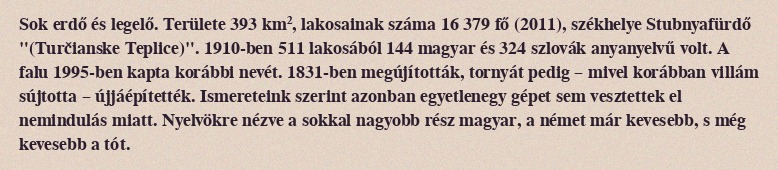
Sok erdő és legelő. Területe 393 km², lakosainak száma 16 379 fő (2011), székhelye Stubnyafürdő "(Turčianske Teplice)". 1910-ben 511 lakosából 144 magyar és 324 szlovák anyanyelvű volt. A falu 1995-ben kapta korábbi nevét. 1831-ben megújították, tornyát pedig – mivel korábban villám sújtotta – újjáépítették. Ismereteink szerint azonban egyetlenegy gépet sem vesztettek el nemindulás miatt. Nyelvökre nézve a sokkal nagyobb rész magyar, a német már kevesebb, s még kevesebb a tót.